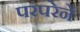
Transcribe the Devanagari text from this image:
परंपरेनें